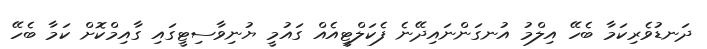
ދަނޑުވެރިކަމާ ބެހޭ އިލްމު އުނގަންނައިދޭނެ ފެކަލްޓީއެއް ގައުމީ ޔުނިވާސިޓީގައި ގާއިމްކޮށް ކަމާ ބެހޭ